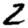
Digit: 2